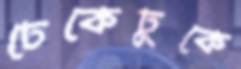
ঢেকেঢুকে